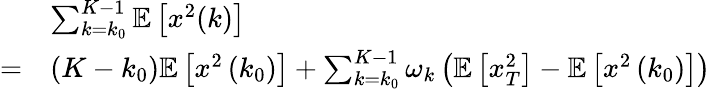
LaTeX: \begin{array}{rl}&{\sum_{k=k_{0}}^{K-1}\mathbb{E}\left[x^{2}(k)\right]}\\ {=}&{\left(K-k_{0}\right)\mathbb{E}\left[x^{2}\left(k_{0}\right)\right]+\sum_{k=k_{0}}^{K-1}\omega_{k}\left(\mathbb{E}\left[x_{T}^{2}\right]-\mathbb{E}\left[x^{2}\left(k_{0}\right)\right]\right)}\end{array}